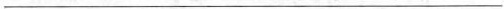
___